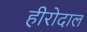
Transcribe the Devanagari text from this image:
हीरोदाल